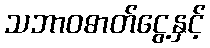
သဘာဝဓာတ်ငွေ့နှင့်